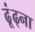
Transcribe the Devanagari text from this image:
ढूंढ्ना